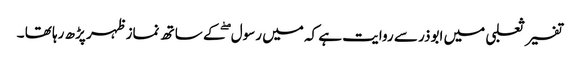
تفسیر ثعلبی میں ابوذر سے روایت ہے کہ میں رسول ۖکے ساتھ نماز ظہر پڑھ رہا تھا ۔